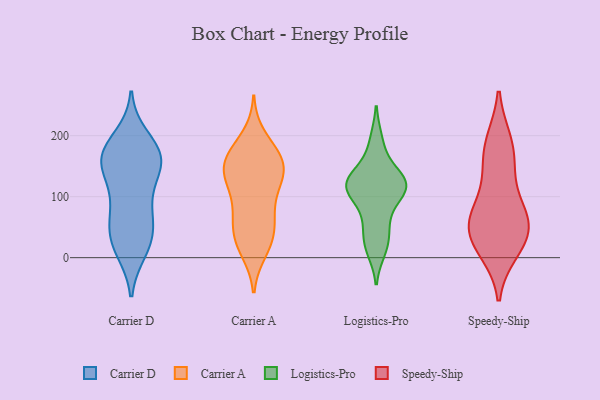
{"axis": {"x": "Humidity (%)", "y": "Value"}, "legend": ["Carrier A", "Carrier D", "Logistics-Pro", "Speedy-Ship"], "data": [{"x": "", "y": 141, "type": "Carrier D"}, {"x": "", "y": 149, "type": "Carrier D"}, {"x": "", "y": 85, "type": "Carrier D"}, {"x": "", "y": 156, "type": "Carrier D"}, {"x": "", "y": 15, "type": "Carrier D"}, {"x": "", "y": 175, "type": "Carrier D"}, {"x": "", "y": 66, "type": "Carrier D"}, {"x": "", "y": 197, "type": "Carrier D"}, {"x": "", "y": 12, "type": "Carrier D"}, {"x": "", "y": 31, "type": "Carrier D"}, {"x": "", "y": 120, "type": "Carrier D"}, {"x": "", "y": 34, "type": "Carrier D"}, {"x": "", "y": 81, "type": "Carrier D"}, {"x": "", "y": 46, "type": "Carrier D"}, {"x": "", "y": 158, "type": "Carrier D"}, {"x": "", "y": 177, "type": "Carrier D"}, {"x": "", "y": 171, "type": "Carrier D"}, {"x": "", "y": 166, "type": "Carrier D"}, {"x": "", "y": 22, "type": "Carrier A"}, {"x": "", "y": 136, "type": "Carrier A"}, {"x": "", "y": 80, "type": "Carrier A"}, {"x": "", "y": 157, "type": "Carrier A"}, {"x": "", "y": 51, "type": "Carrier A"}, {"x": "", "y": 121, "type": "Carrier A"}, {"x": "", "y": 169, "type": "Carrier A"}, {"x": "", "y": 134, "type": "Carrier A"}, {"x": "", "y": 11, "type": "Carrier A"}, {"x": "", "y": 127, "type": "Carrier A"}, {"x": "", "y": 198, "type": "Carrier A"}, {"x": "", "y": 70, "type": "Carrier A"}, {"x": "", "y": 163, "type": "Carrier A"}, {"x": "", "y": 155, "type": "Carrier A"}, {"x": "", "y": 108, "type": "Carrier A"}, {"x": "", "y": 22, "type": "Carrier A"}, {"x": "", "y": 60, "type": "Carrier A"}, {"x": "", "y": 150, "type": "Carrier A"}, {"x": "", "y": 174, "type": "Carrier A"}, {"x": "", "y": 38, "type": "Carrier A"}, {"x": "", "y": 77, "type": "Logistics-Pro"}, {"x": "", "y": 119, "type": "Logistics-Pro"}, {"x": "", "y": 153, "type": "Logistics-Pro"}, {"x": "", "y": 113, "type": "Logistics-Pro"}, {"x": "", "y": 51, "type": "Logistics-Pro"}, {"x": "", "y": 120, "type": "Logistics-Pro"}, {"x": "", "y": 12, "type": "Logistics-Pro"}, {"x": "", "y": 193, "type": "Logistics-Pro"}, {"x": "", "y": 27, "type": "Logistics-Pro"}, {"x": "", "y": 113, "type": "Logistics-Pro"}, {"x": "", "y": 124, "type": "Logistics-Pro"}, {"x": "", "y": 119, "type": "Logistics-Pro"}, {"x": "", "y": 27, "type": "Speedy-Ship"}, {"x": "", "y": 190, "type": "Speedy-Ship"}, {"x": "", "y": 188, "type": "Speedy-Ship"}, {"x": "", "y": 43, "type": "Speedy-Ship"}, {"x": "", "y": 69, "type": "Speedy-Ship"}, {"x": "", "y": 64, "type": "Speedy-Ship"}, {"x": "", "y": 134, "type": "Speedy-Ship"}, {"x": "", "y": 74, "type": "Speedy-Ship"}, {"x": "", "y": 63, "type": "Speedy-Ship"}, {"x": "", "y": 12, "type": "Speedy-Ship"}, {"x": "", "y": 21, "type": "Speedy-Ship"}, {"x": "", "y": 154, "type": "Speedy-Ship"}]}